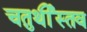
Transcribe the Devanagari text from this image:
चतुर्थीस्तव